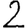
Digit: 2